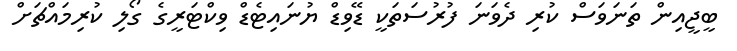
ބީޖީއިން ތަނަވަސް ކުރި ދެވަނަ ފުރުސަތަކީ ޑޭވިޑް ޔުނައިޓެޑް ވިކްޓަރީގެ ގޯލި ކުރިމައްޗަށް